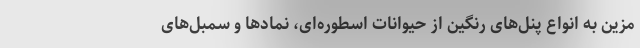
مزین به انواع پنل‌های رنگین از حیوانات اسطوره‌ای، نمادها و سمبل‌های